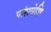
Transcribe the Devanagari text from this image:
मांसपेशि